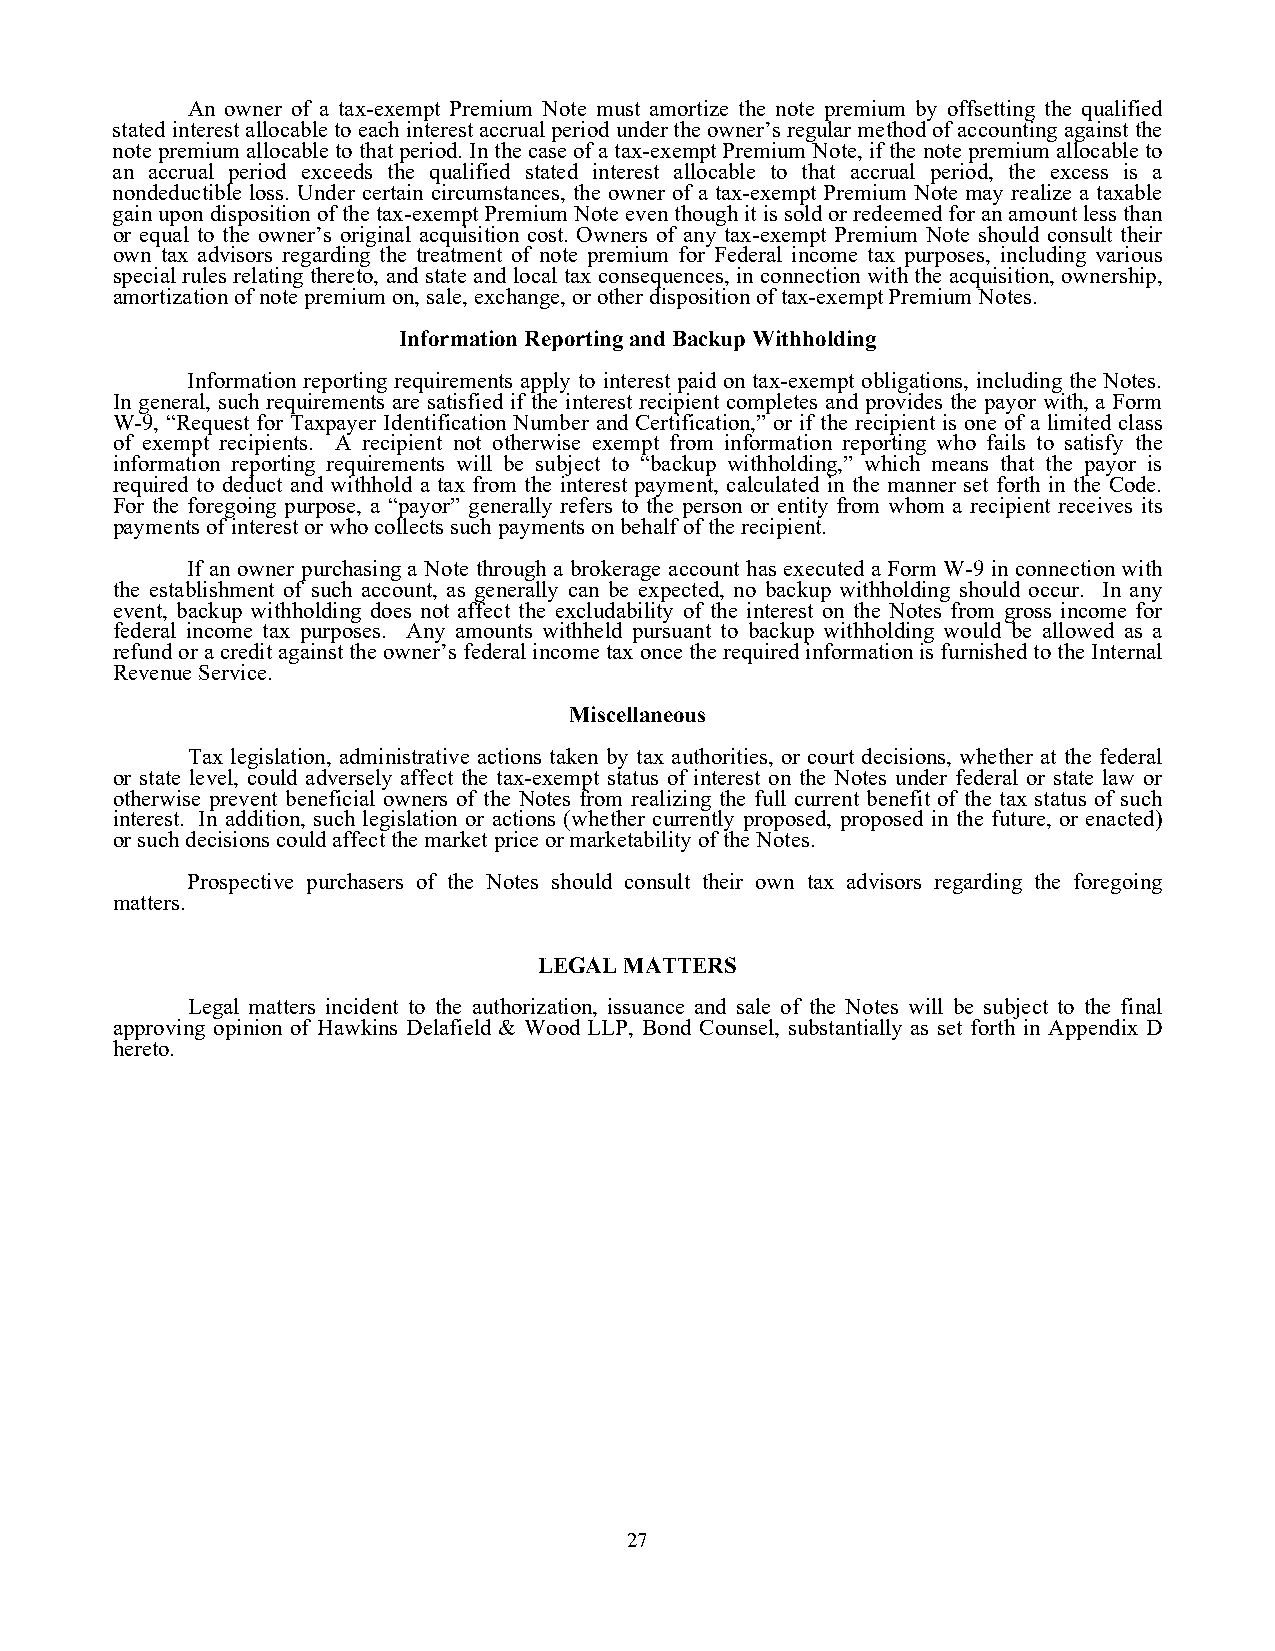
An owner of a tax-exempt Premium Note must amortize the note premium by offsetting the qualified
 stated interest allocable to each interest accrual period under the owner’s regular method of accounting against the
 note premium allocable to that period. In the case of a tax-exempt Premium Note, if the note premium allocable to
 an accrual period exceeds the qualified stated interest allocable to that accrual period, the excess is a
 nondeductible loss. Under certain circumstances, the owner of a tax-exempt Premium Note may realize a taxable
 gain upon disposition of the tax-exempt Premium Note even though it is sold or redeemed for an amount less than
 or equal to the owner’s original acquisition cost. Owners of any tax-exempt Premium Note should consult their
 own tax advisors regarding the treatment of note premium for Federal income tax purposes, including various
 special rules relating thereto, and state and local tax consequences, in connection with the acquisition, ownership,
 amortization of note premium on, sale, exchange, or other disposition of tax-exempt Premium Notes.
 Information Reporting and Backup Withholding
 Information reporting requirements apply to interest paid on tax-exempt obligations, including the Notes.
 In general, such requirements are satisfied if the interest recipient completes and provides the payor with, a Form
 W-9, “Request for Taxpayer Identification Number and Certification,” or if the recipient is one of a limited class
 of exempt recipients. A recipient not otherwise exempt from information reporting who fails to satisfy the
 information reporting requirements will be subject to “backup withholding,” which means that the payor is
 required to deduct and withhold a tax from the interest payment, calculated in the manner set forth in the Code.
 For the foregoing purpose, a “payor” generally refers to the person or entity from whom a recipient receives its
 payments of interest or who collects such payments on behalf of the recipient.
 If an owner purchasing a Note through a brokerage account has executed a Form W-9 in connection with
 the establishment of such account, as generally can be expected, no backup withholding should occur. In any
 event, backup withholding does not affect the excludability of the interest on the Notes from gross income for
 federal income tax purposes. Any amounts withheld pursuant to backup withholding would be allowed as a
 refund or a credit against the owner’s federal income tax once the required information is furnished to the Internal
 Revenue Service.
 Miscellaneous
 Tax legislation, administrative actions taken by tax authorities, or court decisions, whether at the federal
 or state level, could adversely affect the tax-exempt status of interest on the Notes under federal or state law or
 otherwise prevent beneficial owners of the Notes from realizing the full current benefit of the tax status of such
 interest. In addition, such legislation or actions (whether currently proposed, proposed in the future, or enacted)
 or such decisions could affect the market price or marketability of the Notes.
 Prospective purchasers of the Notes should consult their own tax advisors regarding the foregoing
 matters.
 LEGAL MATTERS
 Legal matters incident to the authorization, issuance and sale of the Notes will be subject to the final
 approving opinion of Hawkins Delafield & Wood LLP, Bond Counsel, substantially as set forth in Appendix D
 hereto.
 27